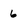
Character: 6